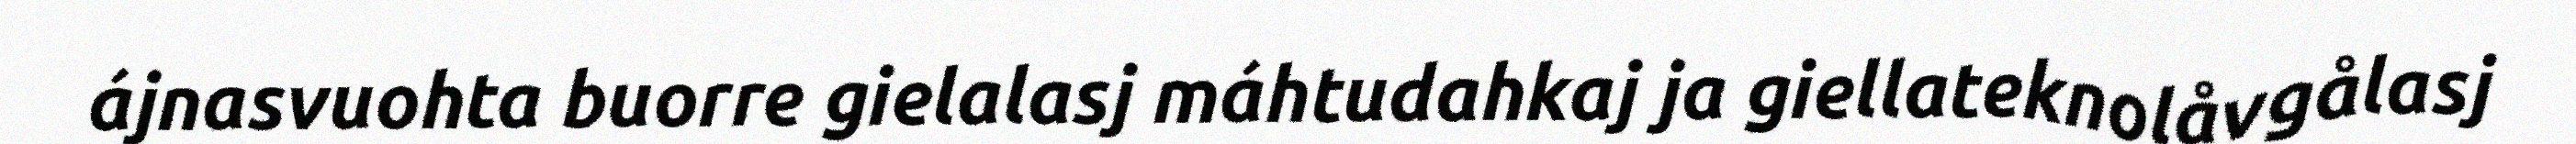
ájnasvuohta buorre gielalasj máhtudahkaj ja giellateknolåvgålasj